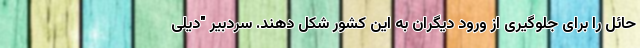
حائل را برای جلوگیری از ورود دیگران به این کشور شکل دهند. سردبیر "دیلی